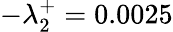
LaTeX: -\lambda_{2}^{+}=0.0025